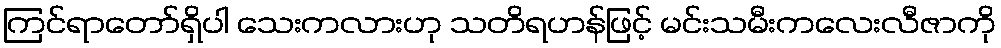
ကြင်ရာတော်ရှိပါ သေးကလားဟု သတိရဟန်ဖြင့် မင်းသမီးကလေးလီဇာကို